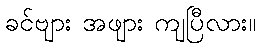
ခင်ဗျား အဖျား ကျပြီလား။